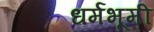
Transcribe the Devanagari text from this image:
धर्मभूमी